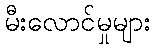
မီးလောင်မှုများ